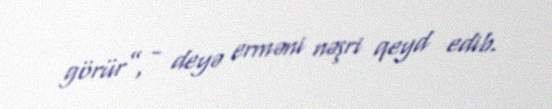
görür”, - deyə erməni nəşri qeyd edib.